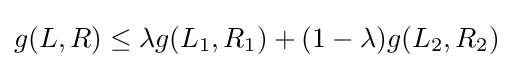
g(L,R)\leq \lambda g(L_{1},R_{1})+(1-\lambda )g(L_{2},R_{2})